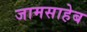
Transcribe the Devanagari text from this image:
जामसाहेब